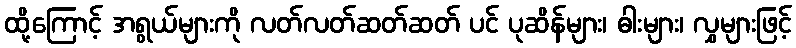
ထို့ကြောင့် အရွယ်များကို လတ်လတ်ဆတ်ဆတ် ပင် ပုဆိန်များ၊ ဓါးများ၊ လွှများဖြင့်